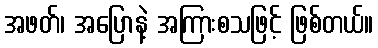
အဖတ်၊ အပြောနဲ့ အကြားစသဖြင့် ဖြစ်တယ်။